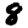
Digit: 8